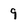
Character: 9